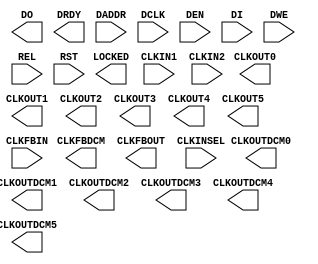
// $Header: /devl/xcs/repo/env/Databases/CAEInterfaces/xec_libs/data/unisims/PLL_ADV.v,v 1.7 2011/03/23 22:26:25 vandanad Exp $
///////////////////////////////////////////////////////////////////////////////
// Copyright (c) 1995/2010 Xilinx, Inc.
// All Right Reserved.
///////////////////////////////////////////////////////////////////////////////
//   ____  ____
//  /   /\/   /
// /___/  \  /    Vendor : Xilinx
// \   \   \/     Version : 13.i (O.50)
//  \   \         Description : Xilinx Formal Library Component
//  /   /                  Phase Lock Loop Clock
// /___/   /\     Filename : PLL_ADV.v
// \   \  /  \    Timestamp : Thu Mar 25 16:44:07 PST 2004
//  \___\/\___\
//
// Revision:
//    10/02/08 - Initial version.
// End Revision


`timescale  1 ps / 1 ps


module PLL_ADV (
        CLKFBDCM,
        CLKFBOUT,
        CLKOUT0,
        CLKOUT1,
        CLKOUT2,
        CLKOUT3,
        CLKOUT4,
        CLKOUT5,
        CLKOUTDCM0,
        CLKOUTDCM1,
        CLKOUTDCM2,
        CLKOUTDCM3,
        CLKOUTDCM4,
        CLKOUTDCM5,
        DO,
        DRDY,
        LOCKED,
        CLKFBIN,
        CLKIN1,
        CLKIN2,
        CLKINSEL,
        DADDR,
        DCLK,
        DEN,
        DI,
        DWE,
        REL,
        RST
);

parameter BANDWIDTH = "OPTIMIZED";
parameter CLK_FEEDBACK = "CLKFBOUT";
parameter CLKFBOUT_DESKEW_ADJUST = "NONE";
parameter CLKOUT0_DESKEW_ADJUST = "NONE";
parameter CLKOUT1_DESKEW_ADJUST = "NONE";
parameter CLKOUT2_DESKEW_ADJUST = "NONE";
parameter CLKOUT3_DESKEW_ADJUST = "NONE";
parameter CLKOUT4_DESKEW_ADJUST = "NONE";
parameter CLKOUT5_DESKEW_ADJUST = "NONE";
parameter integer CLKFBOUT_MULT = 1;
parameter real CLKFBOUT_PHASE = 0.0;
parameter real CLKIN1_PERIOD = 0.000;
parameter real CLKIN2_PERIOD = 0.000;
parameter integer CLKOUT0_DIVIDE = 1;
parameter real CLKOUT0_DUTY_CYCLE = 0.5;
parameter real CLKOUT0_PHASE = 0.0;
parameter integer CLKOUT1_DIVIDE = 1;
parameter real CLKOUT1_DUTY_CYCLE = 0.5;
parameter real CLKOUT1_PHASE = 0.0;
parameter integer CLKOUT2_DIVIDE = 1;
parameter real CLKOUT2_DUTY_CYCLE = 0.5;
parameter real CLKOUT2_PHASE = 0.0;
parameter integer CLKOUT3_DIVIDE = 1;
parameter real CLKOUT3_DUTY_CYCLE = 0.5;
parameter real CLKOUT3_PHASE = 0.0;
parameter integer CLKOUT4_DIVIDE = 1;
parameter real CLKOUT4_DUTY_CYCLE = 0.5;
parameter real CLKOUT4_PHASE = 0.0;
parameter integer CLKOUT5_DIVIDE = 1;
parameter real CLKOUT5_DUTY_CYCLE = 0.5;
parameter real CLKOUT5_PHASE = 0.0;
parameter COMPENSATION = "SYSTEM_SYNCHRONOUS";
parameter integer DIVCLK_DIVIDE = 1;
parameter EN_REL = "FALSE";
parameter PLL_PMCD_MODE = "FALSE";
parameter real REF_JITTER = 0.100;
parameter RESET_ON_LOSS_OF_LOCK = "FALSE";
parameter RST_DEASSERT_CLK = "CLKIN1";
parameter SIM_DEVICE = "VIRTEX5";


output CLKFBDCM;
output CLKFBOUT;
output CLKOUT0;
output CLKOUT1;
output CLKOUT2;
output CLKOUT3;
output CLKOUT4;
output CLKOUT5;
output CLKOUTDCM0;
output CLKOUTDCM1;
output CLKOUTDCM2;
output CLKOUTDCM3;
output CLKOUTDCM4;
output CLKOUTDCM5;
output DRDY;
output LOCKED;
output [15:0] DO;

input CLKFBIN;
input CLKIN1;
input CLKIN2;
input CLKINSEL;
input DCLK;
input DEN;
input DWE;
input REL;
input RST;
input [15:0] DI;
input [4:0] DADDR;

endmodule